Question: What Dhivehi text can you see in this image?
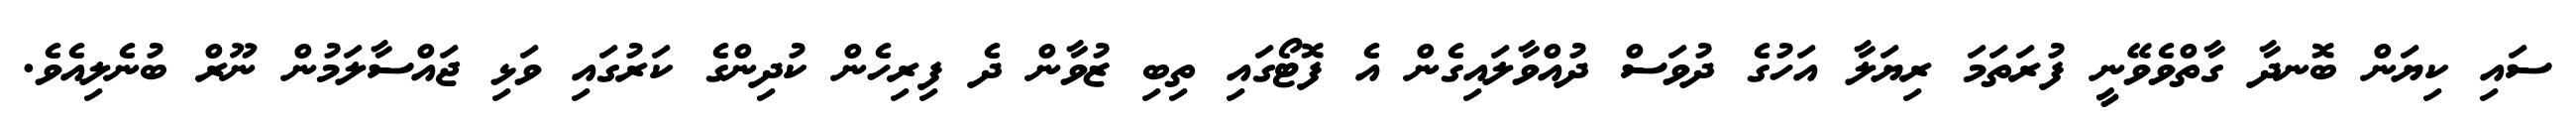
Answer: ސައި ކިޔަން ބޮނދާ ގާތްވެވޭނީ ފުރަތަމަ ރިޔަލާ އަހުގެ ދުވަސް ދުއްވާލައިގެން އެ ފޮޓޯގައި ތިބި ޒުވާން ދެ ފިރިހެން ކުދިންގެ ކަރުގައި ވަޅި ޖައްސާލަމުން ނޫރް ބުނެލިއެވެ.